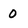
Character: 0